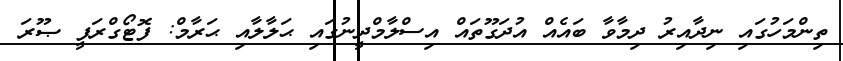
ތިންމަހުގައި ނިދާއިރު ދިމާވާ ބައެއް އުދަގޫތައް އިސްލާމްދީނުގައި ޙަލާލާއި ޙަރާމް: ފޮޓޯގްރަފީ ޞޫރަ